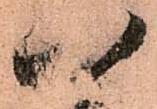
八